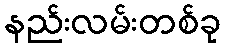
နည်းလမ်းတစ်ခု